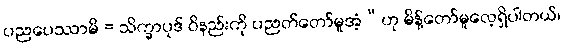
ပညပေဿာမိ = သိက္ခာပုဒ် ဝိနည်းကို ပညတ်တော်မူအံ့”ဟု မိန့်တော်မူလေ့ရှိပါတယ်၊